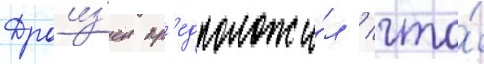
Дроиз'ен пр'едположи́л / что́